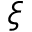
\xi